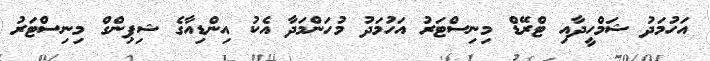
އަހުމަދު ޝަމްހީދާއި ޓްރޭޑް މިނިސްޓަރު އަހުމަދު މުހަންމަދާ އެކު އިންޑިއާގެ ޝިޕިންގް މިނިސްޓަރު